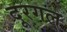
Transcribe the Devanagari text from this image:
दूरगल